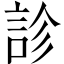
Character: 診